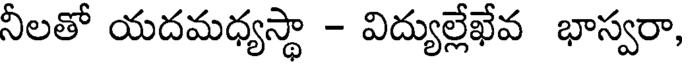
నీలతో యదమధ్యస్థా - విద్యుల్లేఖేవ భాస్వరా,